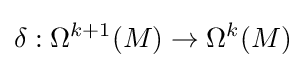
\delta :\Omega ^{k+1}(M)\to \Omega ^{k}(M)